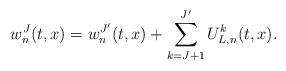
LaTeX: \begin{align*}w_n^J(t,x) = w^{J'}_n(t,x) + \sum_{k = J+1}^{J'} U^k_{L,n}(t,x).\end{align*}